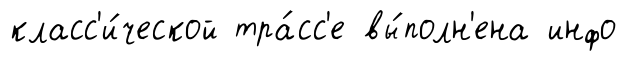
класс'и́ческой тра́сс'е вы́полн'ена инфо